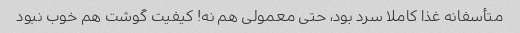
متأسفانه غذا کاملا سرد بود، حتی معمولی هم نه! کیفیت گوشت هم خوب نبود